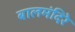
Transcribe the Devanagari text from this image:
बालमंदिरे